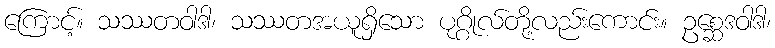
ကြောင့်။ သဿတဝါဒါ၊ သဿတအယူရှိသော ပုဂ္ဂိုလ်တို့လည်းကောင်း။ ဥစ္ဆေဒဝါဒါ၊